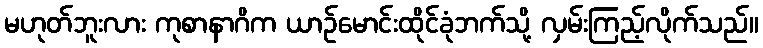
မဟုတ်ဘူးလား ကုစာနာဂိက ယာဉ်မောင်းထိုင်ခုံဘက်သို့ လှမ်းကြည့်လိုက်သည်။